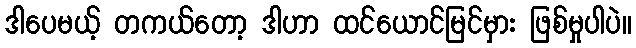
ဒါပေမယ့် တကယ်တော့ ဒါဟာ ထင်ယောင်မြင်မှား ဖြစ်မှုပါပဲ။